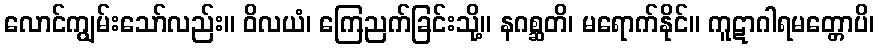
လောင်ကျွမ်းသော်လည်း။ ဝိလယံ၊ ကြေညက်ခြင်းသို့။ နဂစ္ဆတိ၊ မရောက်နိုင်။ ကူဋာဂါရမတ္တောပိ၊